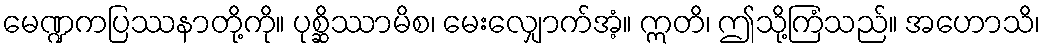
မေဏ္ဍကပြဿနာတို့ကို။ ပုစ္ဆိဿာမိစ၊ မေးလျှောက်အံ့။ ဣတိ၊ ဤသို့ကြံသည်။ အဟောသိ၊